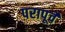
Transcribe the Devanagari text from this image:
परापूर्वे